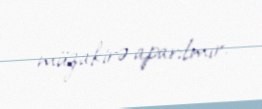
müzakirə aparılmır.